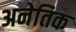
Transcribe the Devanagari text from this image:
अनेतिक